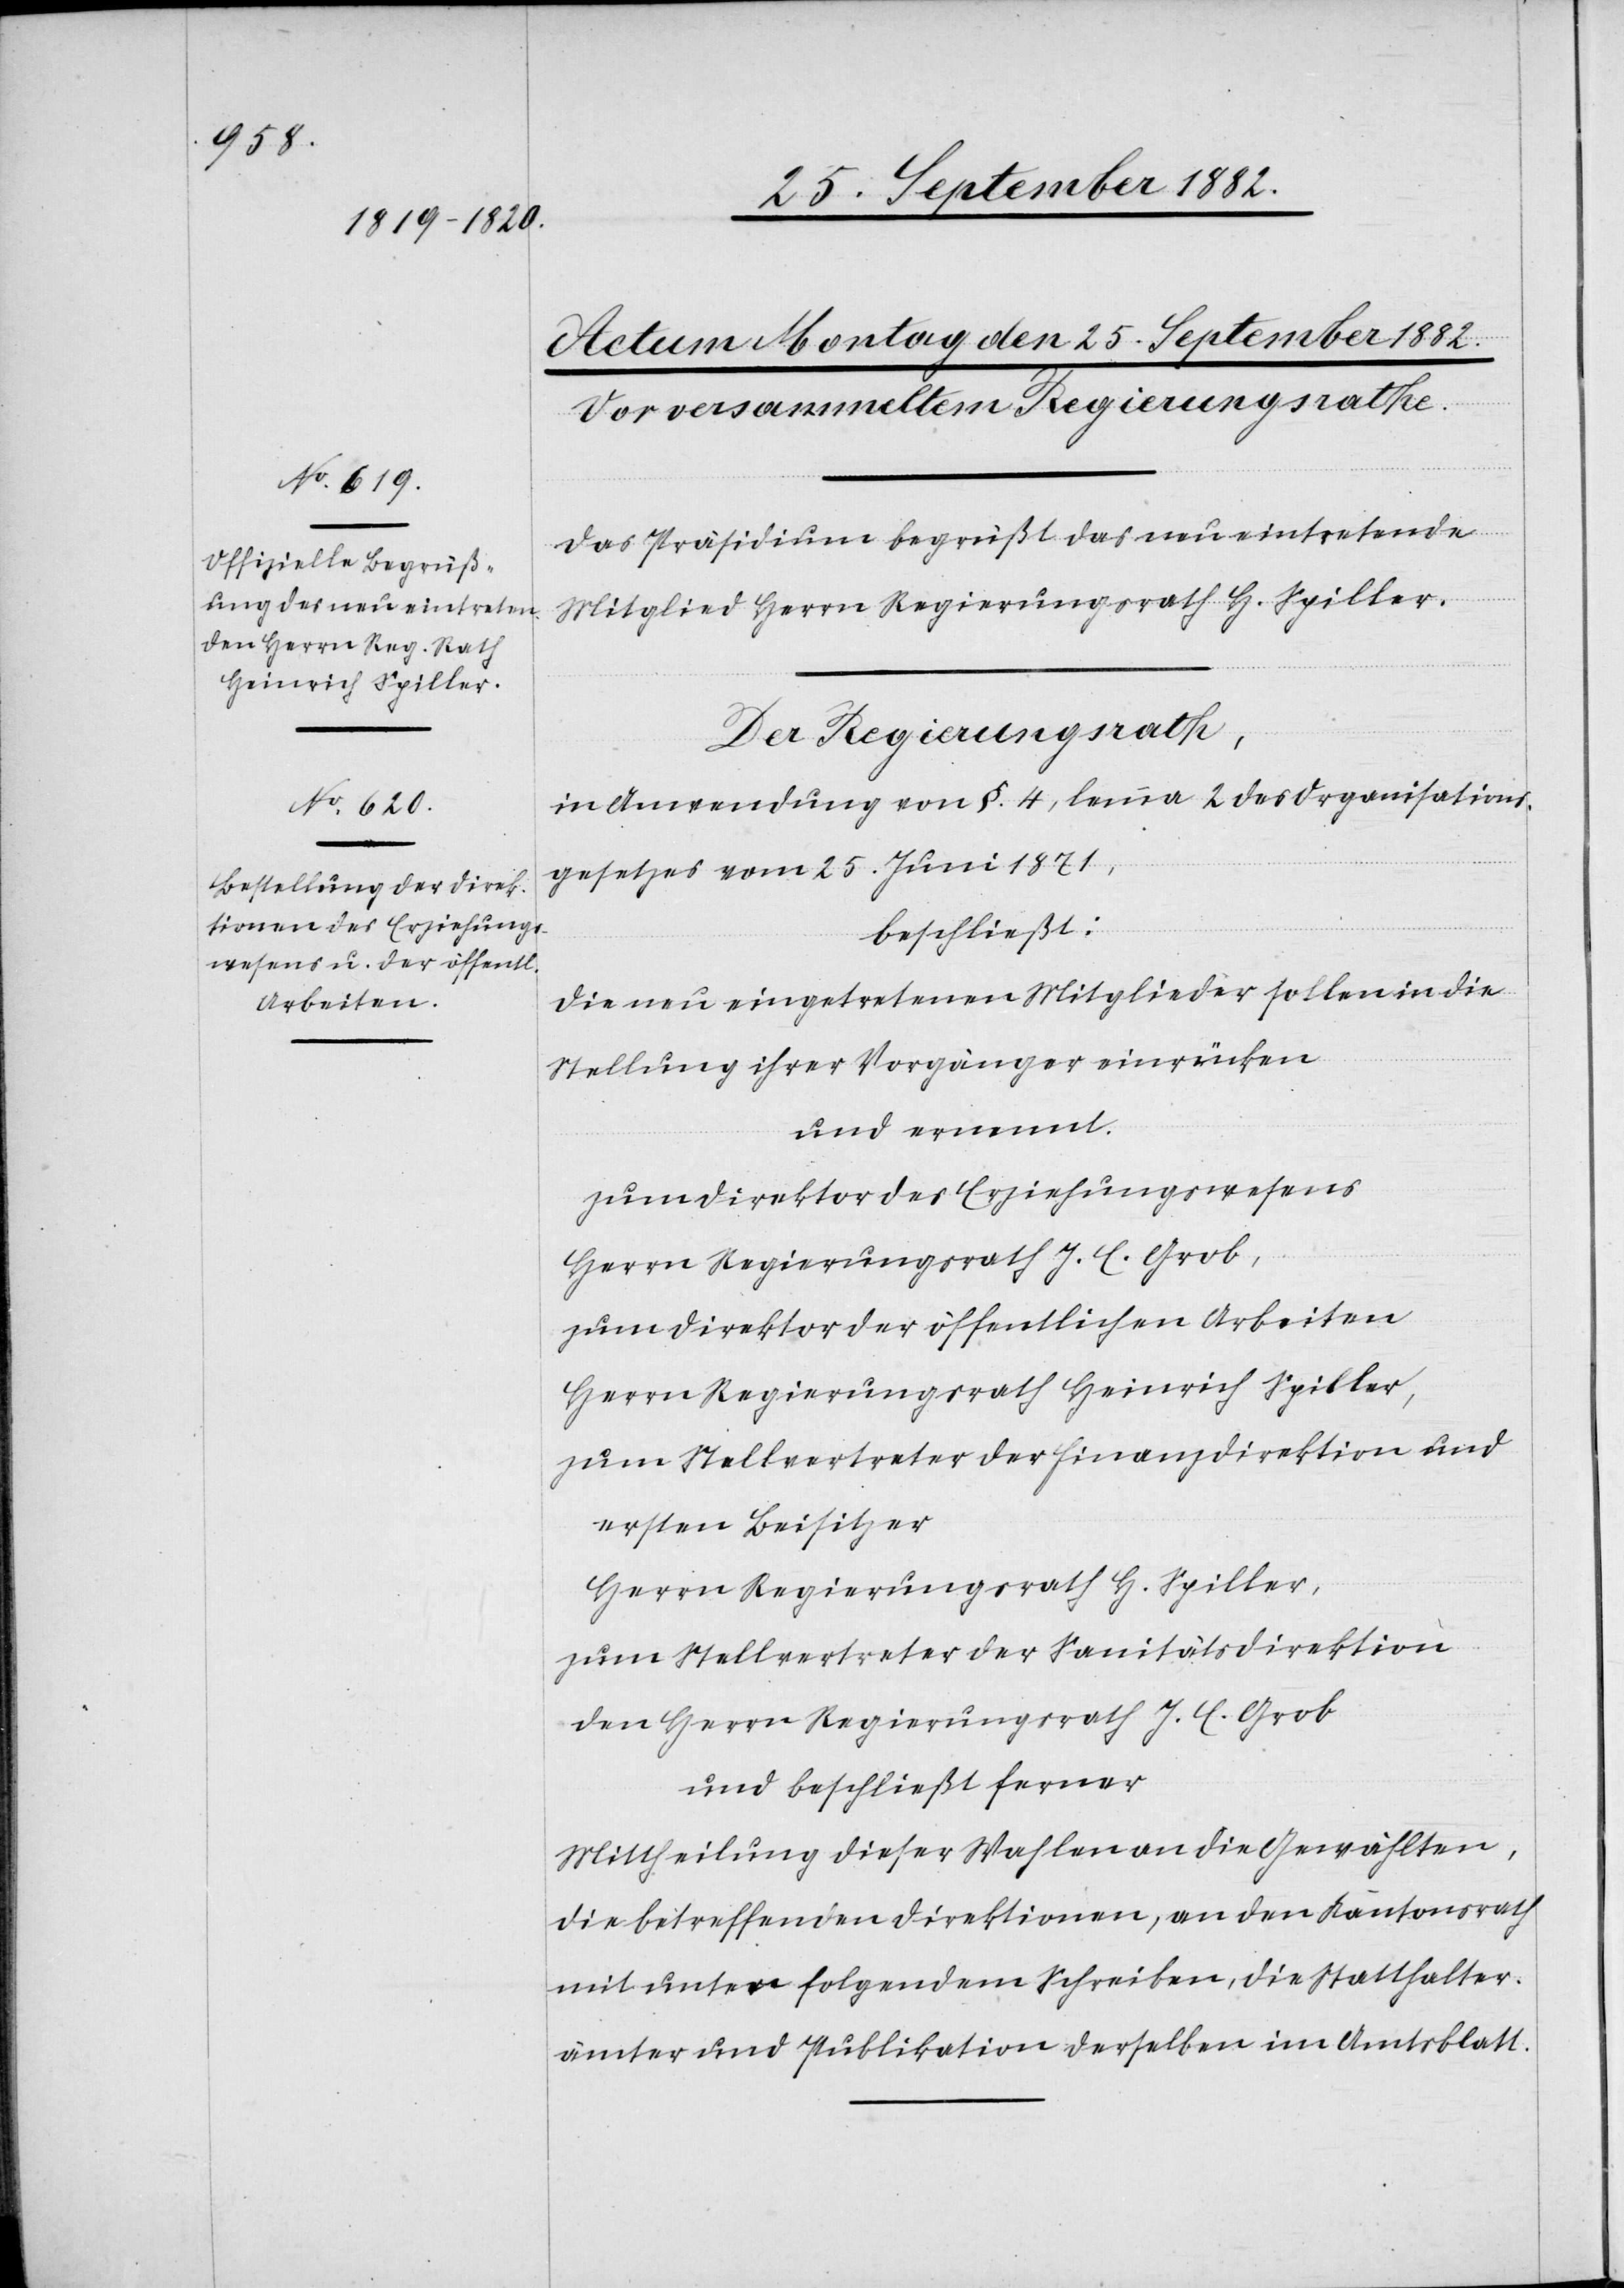
Das Präsidium begrüßt neu eintretende
Mitglied Herrn Regierungsrath H. Spiller.
Der Regierungsrath,
in Anwendung von §. 4, lemma 2 des Organisations¬
gesetzes vom 25. Juni 1871,
beschließt:
Die neu eingetretenen Mitglieder sollen in die
Stellung ihrer Vorgänger einrücken.
und ernennt:
Zum Direktor des Erziehungswesens
Herrn Regierungsrath J. C. Grob,
zum Direktor der öffentlichen Arbeiten
Herrn Regierungsrath Heinrich Spiller,
zum Stellvertreter der Finanzdirektion und
ersten Beisitzer
Herrn Regierungsrath H. Spiller,
zum Stellvertreter der Sanitätsdirektion
den Herrn Regierungsrath J. C. Grob
und beschließt ferner
Mittheilung dieser Wahlen an die Gewählten,
die betreffenden Direktionen, an den Kantonsrath
mit unten folgendem Schreiben, die Statthalter¬
ämter und Publikation derselben im Amtsblatt.